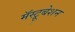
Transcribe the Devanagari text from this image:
मॅस्ट्रूबेशन